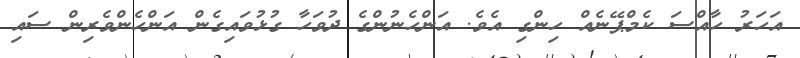
އަހަރު ހާއްސަ ކެމްޕޭނެއް ހިންގި އެވެ. އަންހެނުންގެ ދުވަހާ ގުޅުވައިގެން އަންހެންވެރިން ސައި